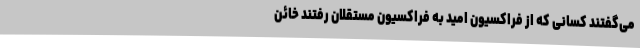
می‌گفتند کسانی که از فراکسیون امید به فراکسیون مستقلان رفتند خائن